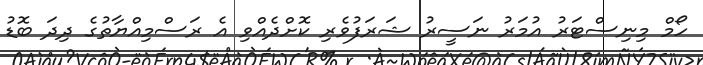
ހޯމް މިނިސްޓަރު އުމަރު ނަސީރު ޝަރަފުވެރި ކޮށްދެއްވި އެ ރަސްމިއްޔާތުގެ ދިދަ ބޮޑު